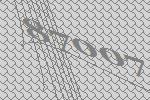
87007